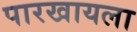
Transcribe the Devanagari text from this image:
पारखायला